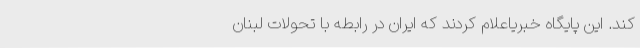
کند. این پایگاه خبریاعلام کردند که ایران در رابطه با تحولات لبنان